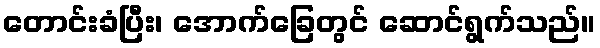
တောင်းခံပြီး၊ အောက်ခြေတွင် ဆောင်ရွက်သည်။